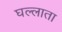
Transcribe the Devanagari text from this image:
घल्लाता